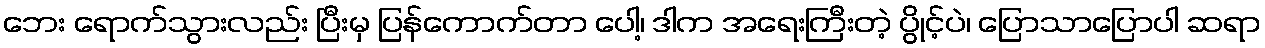
ဘေး ရောက်သွားလည်း ပြီးမှ ပြန်ကောက်တာ ပေါ့၊ ဒါက အရေးကြီးတဲ့ ပွိုင့်ပဲ၊ ပြောသာပြောပါ ဆရာ